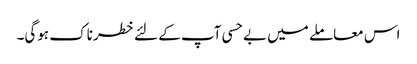
اس معاملے میں بے حسی آپ کے لئے خطرناک ہوگی۔